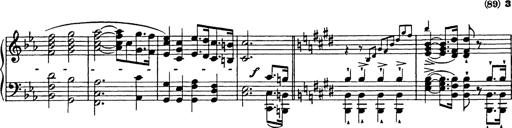
Title: Festmarsch zur SÃ¤cularfeier von Goethes Geburtstag
Composer: Franz Liszt